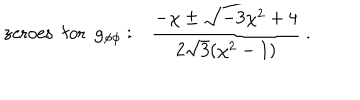
\mathrm { z e r o e s \ \ f o r \ \ g _ { \ p h i \ p h i } } : \ \ \ { \frac { - \chi \pm \sqrt { - 3 \chi ^ { 2 } + 4 } } { 2 \sqrt { 3 } ( \chi ^ { 2 } - 1 ) } } \ .